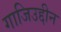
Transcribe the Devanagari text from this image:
गाजिउद्दीन